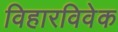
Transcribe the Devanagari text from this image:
विहारविवेक